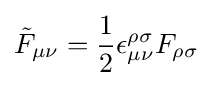
{\tilde {F}}_{\mu \nu }={\frac {1}{2}}\epsilon _{\mu \nu }^{\rho \sigma }F_{\rho \sigma }